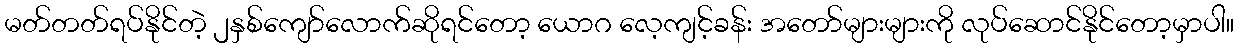
မတ်တတ်ရပ်နိုင်တဲ့ ၂နှစ်ကျော်လောက်ဆိုရင်တော့ ယောဂ လေ့ကျင့်ခန်း အတော်များများကို လုပ်ဆောင်နိုင်တော့မှာပါ။